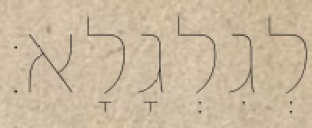
לְגִלְגָלָא׃